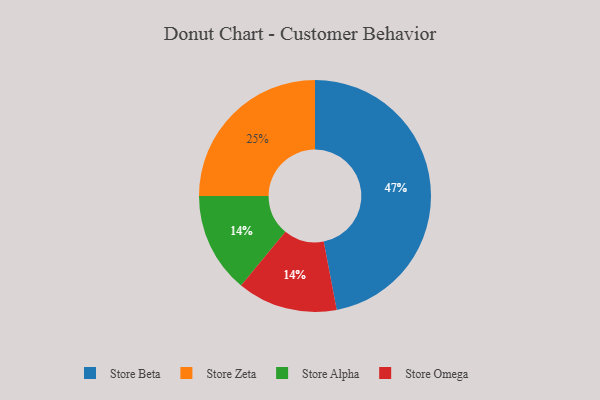
{"axis": {"x": "Category", "y": "Percentage"}, "legend": ["Store Alpha", "Store Beta", "Store Omega", "Store Zeta"], "data": [{"x": "Store Beta", "y": 47, "type": "Store Beta"}, {"x": "Store Alpha", "y": 14, "type": "Store Alpha"}, {"x": "Store Zeta", "y": 25, "type": "Store Zeta"}, {"x": "Store Omega", "y": 14, "type": "Store Omega"}]}